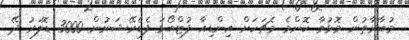
މުބާރާތުން މޮޅުވާ ކޮންމެ މެޗަކަށް އިންޑިއާ ފުޓްބޯޅަ ފެޑެރޭޝަނުން 3000 ޑޮލަރު ދޭ